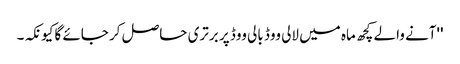
''آنے والے کچھ ماہ میں لالی ووڈ بالی ووڈ پر برتری حاصل کر جائے گا کیونکہ۔